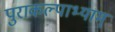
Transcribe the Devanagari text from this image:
पुराकल्पाभ्याम्